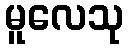
မူလေသု